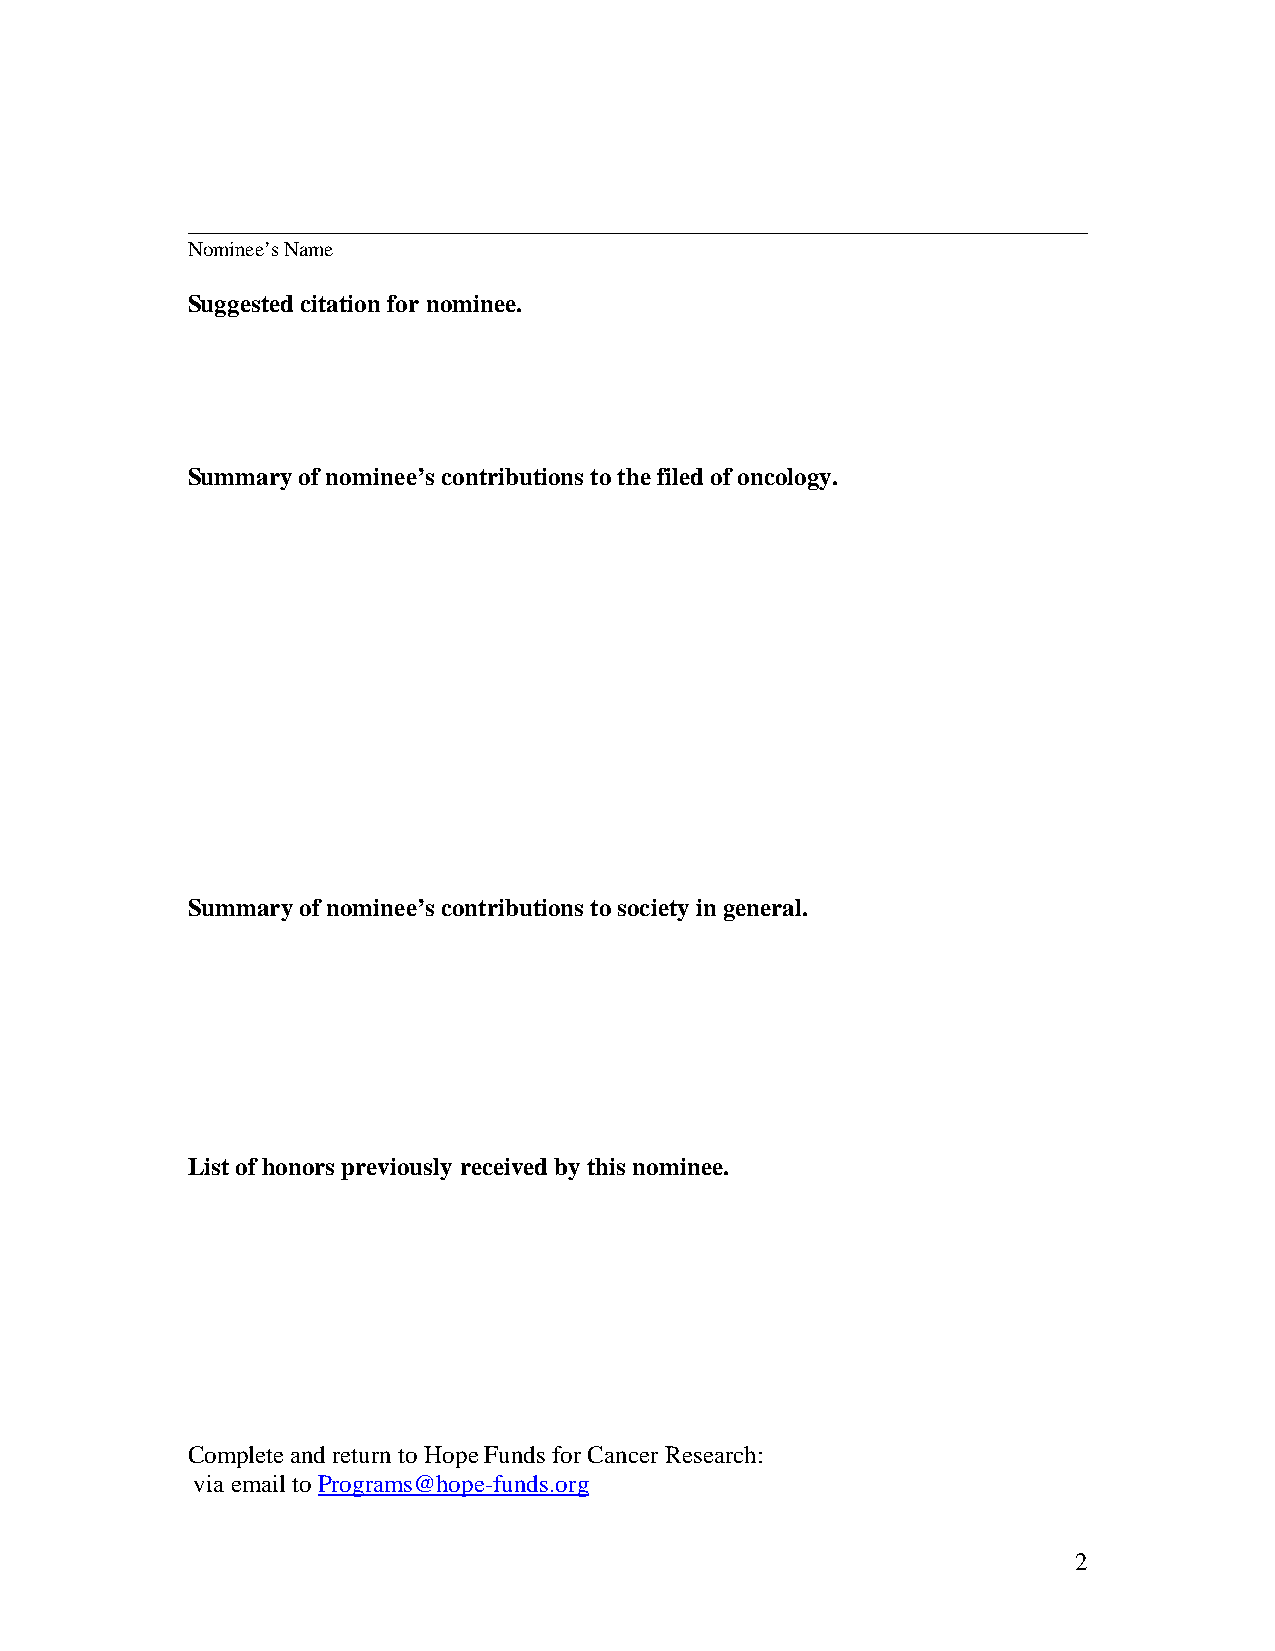
________________________________________________________________________
 Nominee’s Name
 Suggested citation for nominee.
 Summary of nominee’s contributions to the filed of oncology.
 Summary of nominee’s contributions to society in general.
 List of honors previously received by this nominee.
 Complete and return to Hope Funds for Cancer Research:
 via email to Programs@hope-funds.org
 2